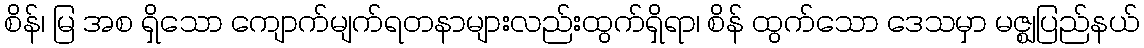
စိန်၊ မြ အစ ရှိသော ကျောက်မျက်ရတနာများလည်းထွက်ရှိရာ၊ စိန် ထွက်သော ဒေသမှာ မဇ္ဈပြည်နယ်